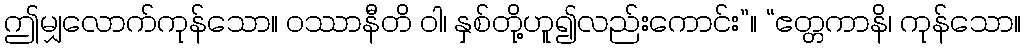
ဤမျှလောက်ကုန်သော။ ဝဿာနီတိ ဝါ၊ နှစ်တို့ဟူ၍လည်းကောင်း”။ “ဧတ္တကာနိ၊ ကုန်သော။